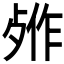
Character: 𬆖